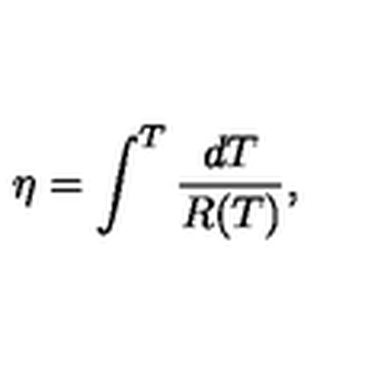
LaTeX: \eta = \int ^ { T } \frac { d T } { R ( T ) } ,